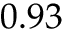
0 . 9 3